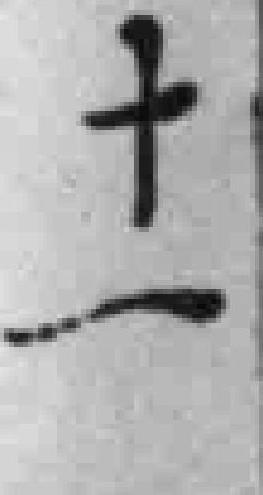
十一